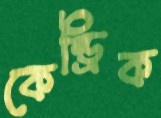
কেন্ড্রিক